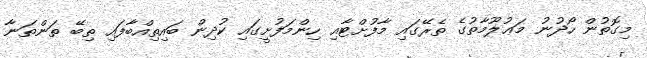
މިގޮތުން ހޯދުނު މަޢުލޫމާތުގެ ތެރޭގައި މާފުށްޓާއި ހިންމަފުށީގައި ކުދިން ބައިތިއްބާފައި ތިބޭ ތަންތަނާ